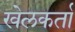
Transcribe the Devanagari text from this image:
खेलकर्ता